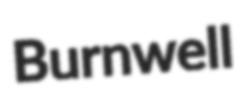
Burnwell